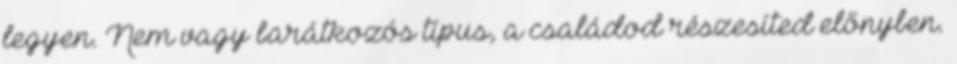
legyen. Nem vagy barátkozós típus, a családod részesíted előnyben.